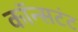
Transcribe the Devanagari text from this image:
कॉन्सटंट